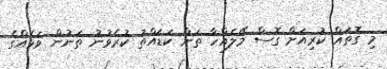
މި ގޮތައް ކުރިއަށް ގޮސް މޭލެއްހާ ތަން ކަޑައްތު ކުރެވުނު ތަނުން ވަޅެއްގެ